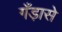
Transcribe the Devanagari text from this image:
गँड़ासे